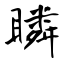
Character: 瞵